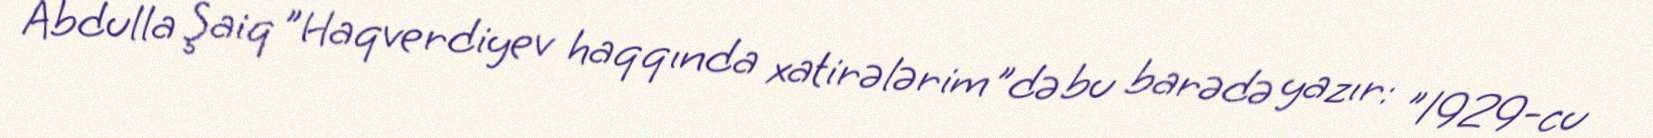
Abdulla Şaiq "Haqverdiyev haqqında xatirələrim"də bu barədə yazır: "1929-cu